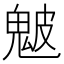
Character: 𩲢